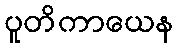
ပူတိကာယေန